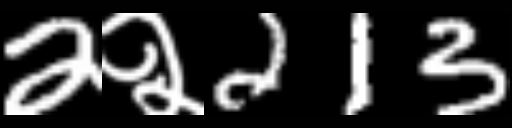
Text: 2२213